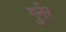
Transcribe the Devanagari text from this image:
गुर्नेर